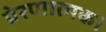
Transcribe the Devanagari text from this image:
प्रेरणात्मक।